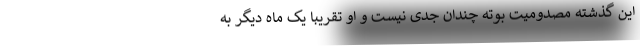
این گذشته مصدومیت بوته چندان جدی نیست و او تقریبا یک ماه دیگر به